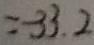
= - 3 3 . 2